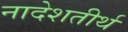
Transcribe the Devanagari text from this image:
नादेशतीर्थ